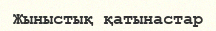
Жыныстық қатынастар